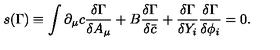
s ( \Gamma ) \equiv \int \partial _ { \mu } c \frac { \delta \Gamma } { \delta A _ { \mu } } + B \frac { \delta \Gamma } { \delta \bar { c } } + \frac { \delta \Gamma } { \delta Y _ { i } } \frac { \delta \Gamma } { \delta \phi _ { i } } = 0 .